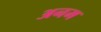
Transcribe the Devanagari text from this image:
अनम